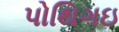
પોથિગઇ